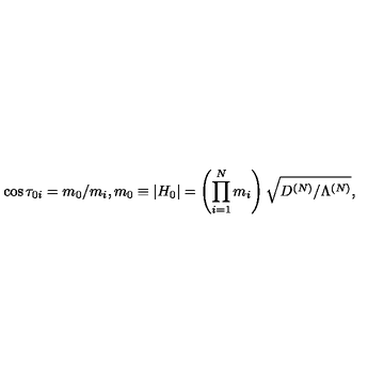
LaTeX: \cos \tau _ { 0 i } = m _ { 0 } / m _ { i } , m _ { 0 } \equiv | H _ { 0 } | = \left( \prod _ { i = 1 } ^ { N } m _ { i } \right) \sqrt { D ^ { ( N ) } / \Lambda ^ { ( N ) } } ,